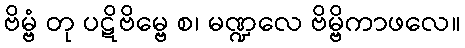
ဗိမ္ဗံ တု ပဋိဗိမ္ဗေ စ၊ မဏ္ဍလေ ဗိမ္ဗိကာဖလေ။